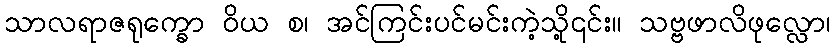
သာလရာဇရုက္ခော ဝိယ စ၊ အင်ကြင်းပင်မင်းကဲ့သို့၎င်း။ သဗ္ဗဖာလိဖုလ္လော၊